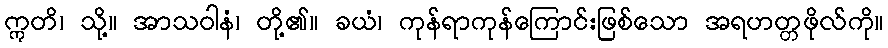
ဣတိ၊ သို့။ အာသဝါနံ၊ တို့၏။ ခယံ၊ ကုန်ရာကုန်ကြောင်းဖြစ်သော အရဟတ္တဖိုလ်ကို။